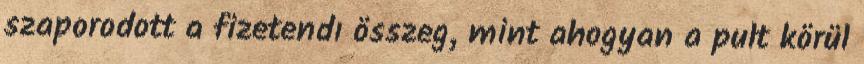
szaporodott a fizetendı összeg, mint ahogyan a pult körül